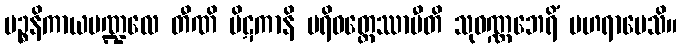
ပဉ္စနိကာယမဏ္ဍလေ တီဏိ ပိဋကာနိ ပရိဝတ္တေဿာမီတိ သုဝဏ္ဏဘေရိံ ပဟရာပေသိ။